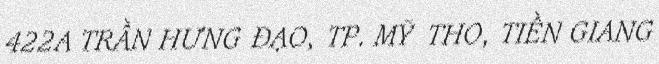
422A TRẦN HƯNG ĐẠO, TP. MỸ THO, TIỀN GIANG